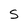
Character: S